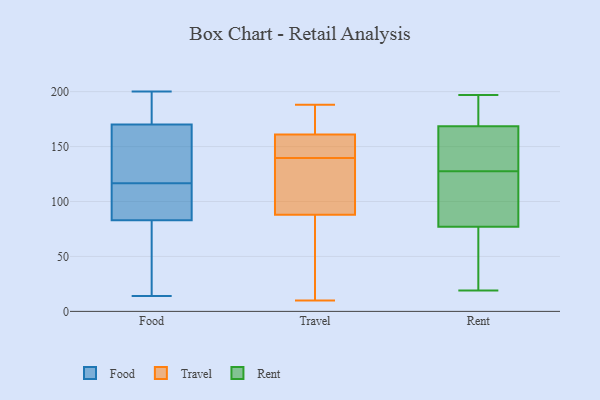
{"axis": {"x": "Operating Costs (USD K)", "y": "Value"}, "legend": ["Food", "Rent", "Travel"], "data": [{"x": "", "y": 14, "type": "Food"}, {"x": "", "y": 58, "type": "Food"}, {"x": "", "y": 97, "type": "Food"}, {"x": "", "y": 26, "type": "Food"}, {"x": "", "y": 96, "type": "Food"}, {"x": "", "y": 185, "type": "Food"}, {"x": "", "y": 200, "type": "Food"}, {"x": "", "y": 112, "type": "Food"}, {"x": "", "y": 128, "type": "Food"}, {"x": "", "y": 112, "type": "Food"}, {"x": "", "y": 35, "type": "Food"}, {"x": "", "y": 156, "type": "Food"}, {"x": "", "y": 170, "type": "Food"}, {"x": "", "y": 121, "type": "Food"}, {"x": "", "y": 178, "type": "Food"}, {"x": "", "y": 161, "type": "Food"}, {"x": "", "y": 194, "type": "Food"}, {"x": "", "y": 83, "type": "Food"}, {"x": "", "y": 172, "type": "Travel"}, {"x": "", "y": 88, "type": "Travel"}, {"x": "", "y": 142, "type": "Travel"}, {"x": "", "y": 161, "type": "Travel"}, {"x": "", "y": 79, "type": "Travel"}, {"x": "", "y": 159, "type": "Travel"}, {"x": "", "y": 108, "type": "Travel"}, {"x": "", "y": 153, "type": "Travel"}, {"x": "", "y": 137, "type": "Travel"}, {"x": "", "y": 124, "type": "Travel"}, {"x": "", "y": 188, "type": "Travel"}, {"x": "", "y": 18, "type": "Travel"}, {"x": "", "y": 182, "type": "Travel"}, {"x": "", "y": 10, "type": "Travel"}, {"x": "", "y": 180, "type": "Rent"}, {"x": "", "y": 157, "type": "Rent"}, {"x": "", "y": 151, "type": "Rent"}, {"x": "", "y": 135, "type": "Rent"}, {"x": "", "y": 180, "type": "Rent"}, {"x": "", "y": 103, "type": "Rent"}, {"x": "", "y": 130, "type": "Rent"}, {"x": "", "y": 75, "type": "Rent"}, {"x": "", "y": 197, "type": "Rent"}, {"x": "", "y": 190, "type": "Rent"}, {"x": "", "y": 79, "type": "Rent"}, {"x": "", "y": 19, "type": "Rent"}, {"x": "", "y": 125, "type": "Rent"}, {"x": "", "y": 57, "type": "Rent"}, {"x": "", "y": 72, "type": "Rent"}, {"x": "", "y": 121, "type": "Rent"}]}